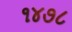
૧૪૭૮